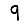
Digit: 9